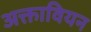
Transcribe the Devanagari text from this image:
अक्तावियन